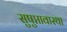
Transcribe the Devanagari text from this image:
सुषुप्तावास्था